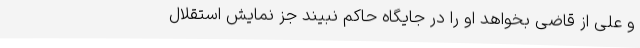
و علی از قاضی بخواهد او را در جایگاه حاکم نبیند جز نمایش استقلال